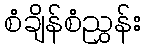
စံချိန်စံညွှန်း